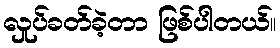
လှုပ်ခတ်ခဲ့တာ ဖြစ်ပါတယ်။